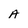
Character: A